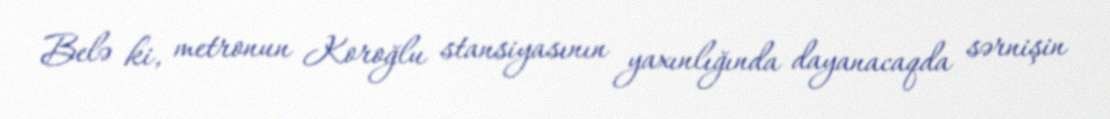
Belə ki, metronun Koroğlu stansiyasının yaxınlığında dayanacaqda sərnişin